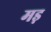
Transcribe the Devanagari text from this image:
मड़